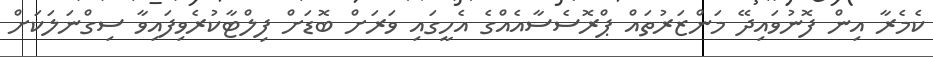
ކެމެރާ އިން ފޮނުވައިދޭ މަންޒަރުތައް ޕްރޮސެސާއެއްގެ އެހީގައި ވަރަށް ބޮޑަށް ފިލްޓާކުރެވިފައިވާ ސިގްނަލަކަށް